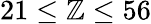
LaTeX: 21\leq\mathbb{Z}\leq56